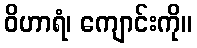
ဝိဟာရံ၊ ကျောင်းကို။